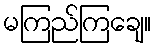
မကြည်ကြချေ။